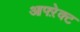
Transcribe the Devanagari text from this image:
आफ्ऱेक्ट